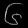
Digit: ၆